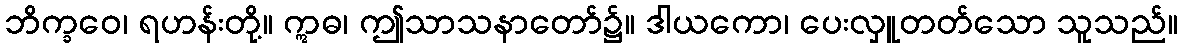
ဘိက္ခဝေ၊ ရဟန်းတို့။ ဣဓ၊ ဤသာသနာတော်၌။ ဒါယကော၊ ပေးလှူတတ်သော သူသည်။